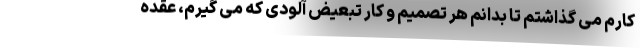
کارم می گذاشتم تا بدانم هر تصمیم و کار تبعیض آلودی که می گیرم، عقده